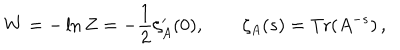
W = - \ln Z = - \frac { 1 } { 2 } \zeta _ { A } ^ { \prime } ( 0 ) , \qquad \zeta _ { A } ( s ) = { \textrm { T r } } ( A ^ { - s } ) \, ,